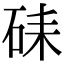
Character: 𥑶